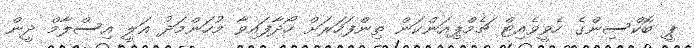
ޕީ ބޮކްސިންގެ ހެވީވެއިޓް ޗެމްޕިއަންކަން ތިންފަހަރަށް ހޯދާފައިވާ މުހަންމަދު އަލީ އިސްލާމް ދީން